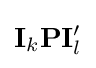
\mathbf {I} _{k}\mathbf {P} \mathbf {I} _{l}^{\prime }